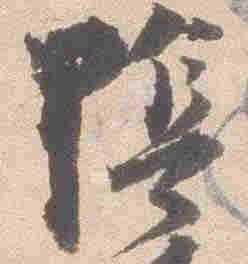
陰